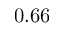
0 . 6 6